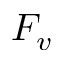
F _ { v }